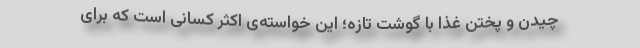
چیدن و پختن غذا با گوشت تازه؛ این خواسته‌ی اکثر کسانی است که برای